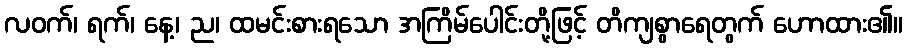
လဝက်၊ ရက်၊ နေ့၊ ည၊ ထမင်းစားရသော အကြိမ်ပေါင်းတို့ဖြင့် တိကျစွာရေတွက် ဟောထား၏။